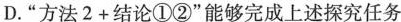
D. “方法$$2 + 结论①②$$”能够完成上述探究任务